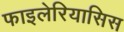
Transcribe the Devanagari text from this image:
फाइलेरियासिस